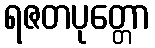
ရဇတပုတ္တော